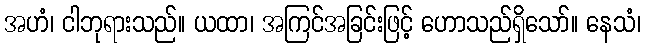
အဟံ၊ ငါဘုရားသည်။ ယထာ၊ အကြင်အခြင်းဖြင့် ဟောသည်ရှိသော်။ နေသံ၊